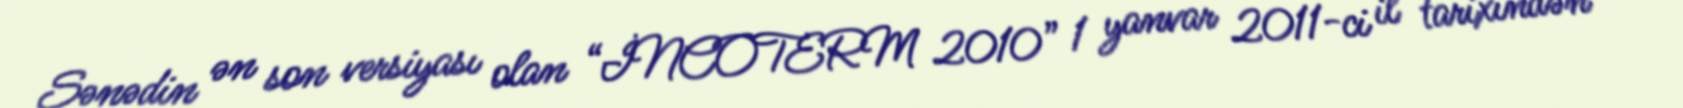
Sənədin ən son versiyası olan “İNCOTERM 2010” 1 yanvar 2011-ci il tarixindən